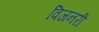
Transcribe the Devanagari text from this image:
विजनरी